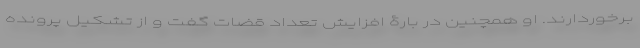
برخوردارند. او همچنین در بارۀ افزایش تعداد قضات گفت و از تشکیل پرونده